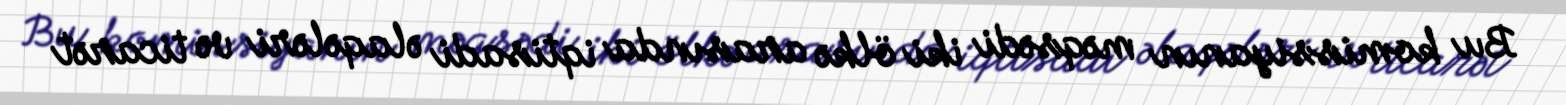
Bu komissiyanın məqsədi iki ölkə arasında iqtisadi əlaqələri və ticarət